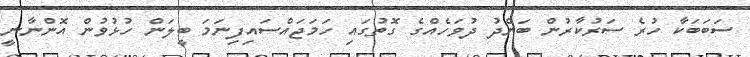
ސަބަބަކާ ހުރެ ސަރުކާރުން ބަންދު ދުވަހެއްގެ ގޮތުގައި ހަމަޖައްސައިފިނަމަ ބީލަން ހުޅުވުން އޮންނާނީ